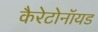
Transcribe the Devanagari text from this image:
कैरेटोनॉयड